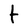
Character: t